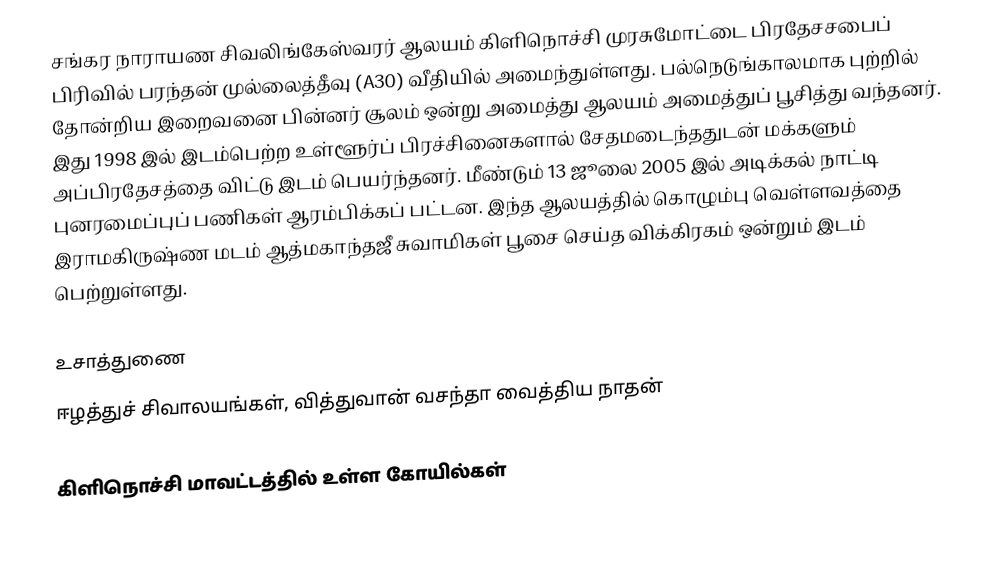
சங்கர நாராயண சிவலிங்கேஸ்வரர் ஆலயம் கிளிநொச்சி முரசுமோட்டை பிரதேசசபைப் பிரிவில் பரந்தன் முல்லைத்தீவு (A30) வீதியில் அமைந்துள்ளது. பல்நெடுங்காலமாக புற்றில் தோன்றிய இறைவனை பின்னர் சூலம் ஒன்று அமைத்து ஆலயம் அமைத்துப் பூசித்து வந்தனர். இது 1998 இல் இடம்பெற்ற உள்ளூர்ப் பிரச்சினைகளால் சேதமடைந்ததுடன் மக்களும் அப்பிரதேசத்தை விட்டு இடம் பெயர்ந்தனர்.  மீண்டும் 13 ஜூலை 2005 இல் அடிக்கல் நாட்டி புனரமைப்புப் பணிகள் ஆரம்பிக்கப் பட்டன. இந்த ஆலயத்தில் கொழும்பு வெள்ளவத்தை இராமகிருஷ்ண மடம் ஆத்மகாந்தஜீ சுவாமிகள் பூசை செய்த விக்கிரகம் ஒன்றும் இடம் பெற்றுள்ளது.

உசாத்துணை
ஈழத்துச் சிவாலயங்கள், வித்துவான் வசந்தா வைத்திய நாதன்

கிளிநொச்சி மாவட்டத்தில் உள்ள கோயில்கள்